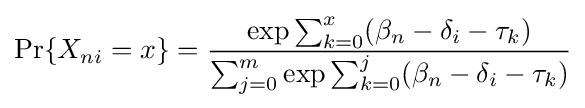
\Pr\{X_{ni}=x\}={\frac {\exp {{\sum _{k=0}^{x}(\beta _{n}-\delta _{i}-\tau _{k}})}}{\sum _{j=0}^{m}\exp {{\sum _{k=0}^{j}(\beta _{n}-\delta _{i}-\tau _{k}})}}}